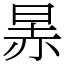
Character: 㫱